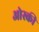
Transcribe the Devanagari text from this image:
ओस्की